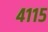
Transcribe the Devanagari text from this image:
४११५